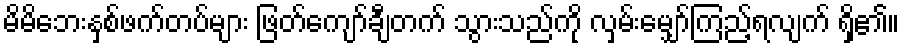
မိမိဘေးနှစ်ဖက်တပ်များ ဖြတ်ကျော်ချီတက် သွားသည်ကို လှမ်းမျှော်ကြည့်ရလျက် ရှိ၏။